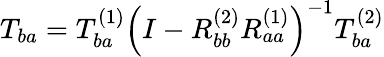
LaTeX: T_{ba}=T_{ba}^{(1)}\left(I-R_{bb}^{(2)}R_{aa}^{(1)}\right)^{-1}T_{ba}^{(2)}